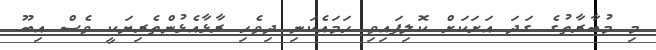
މި މުބާރާތުގެ ގަދަ އަށަކަށް ކޮލިފައިވި ހަމައެކަނި ދިވެހި ރާޅާއެޅުންތެރިޔަކީ ވެސް އިބޫ